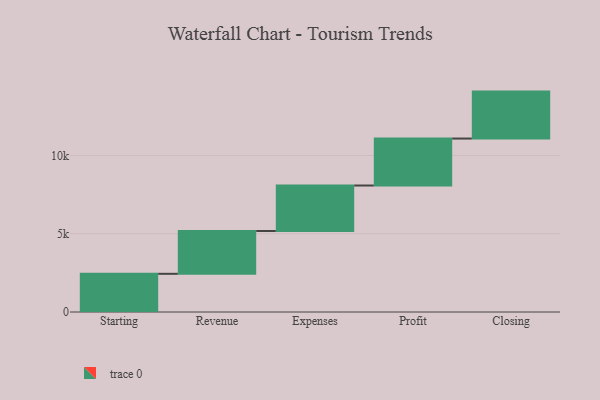
{"axis": {"x": "Step", "y": "Value"}, "legend": [""], "data": [{"x": "Starting", "y": 2440.0, "type": ""}, {"x": "Revenue", "y": 2735.0, "type": ""}, {"x": "Expenses", "y": 2907.0, "type": ""}, {"x": "Profit", "y": 3000, "type": ""}, {"x": "Closing", "y": 3000, "type": ""}]}